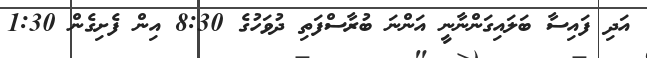
އަދި ފައިސާ ބަލައިގަންނާނީ އަންނަ ބުރާސްފަތި ދުވަހުގެ 8:30 އިން ފެށިގެން 1:30